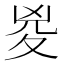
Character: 㚇